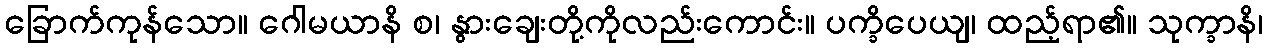
ခြောက်ကုန်သော။ ဂေါမယာနိ စ၊ နွားချေးတို့ကိုလည်းကောင်း။ ပက္ခိပေယျ၊ ထည့်ရာ၏။ သုက္ခာနိ၊